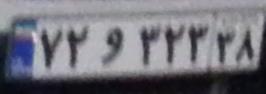
۷۲و۳۲۳۳۸